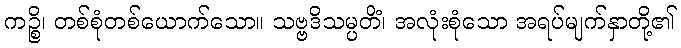
ကဉ္စိ၊ တစ်စုံတစ်ယောက်သော။ သဗ္ဗဒိသမ္ပတိံ၊ အလုံးစုံသော အရပ်မျက်နှာတို့၏